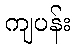
ကျပန်း